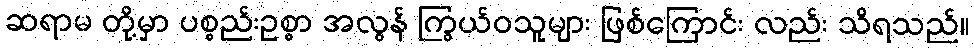
ဆရာမ တို့မှာ ပစ္စည်းဥစ္စာ အလွန် ကြွယ်ဝသူများ ဖြစ်ကြောင်း လည်း သိရသည်။